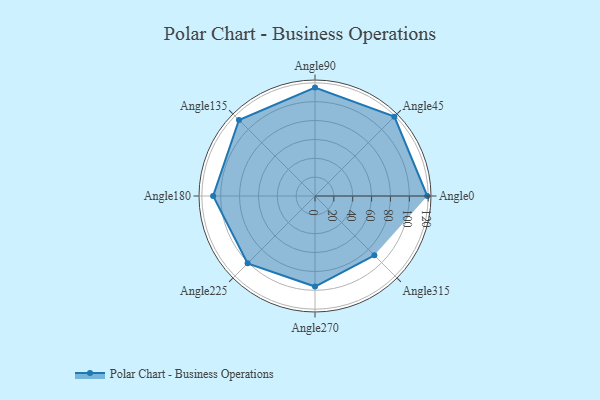
{"axis": {"x": "Angle", "y": "Radius"}, "legend": [""], "data": [{"x": "Angle0", "y": 119.0, "type": ""}, {"x": "Angle45", "y": 119.0, "type": ""}, {"x": "Angle90", "y": 115.0, "type": ""}, {"x": "Angle135", "y": 114.0, "type": ""}, {"x": "Angle180", "y": 108.0, "type": ""}, {"x": "Angle225", "y": 101.0, "type": ""}, {"x": "Angle270", "y": 96.0, "type": ""}, {"x": "Angle315", "y": 89.0, "type": ""}]}